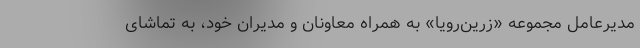
مدیرعامل مجموعه «زرین‌رویا» به همراه معاونان و مدیران خود، به تماشای